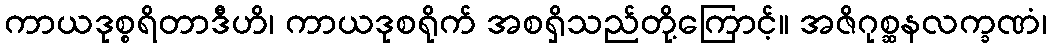
ကာယဒုစ္စရိတာဒီဟိ၊ ကာယဒုစရိုက် အစရှိသည်တို့ကြောင့်။ အဇိဂုစ္ဆနလက္ခဏံ၊